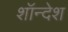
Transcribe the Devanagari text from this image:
शॉन्देश